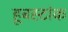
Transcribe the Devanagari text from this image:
हूबस्टांक